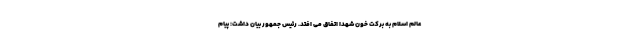
عالم اسلام به برکت خون شهدا اتفاق می افتد. رئیس جمهور بیان داشت: پیام